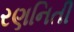
રણનિતી